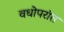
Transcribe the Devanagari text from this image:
वधोपरांत